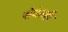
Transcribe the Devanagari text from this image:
सेवेतही